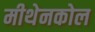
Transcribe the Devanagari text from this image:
मीथेनकोल